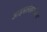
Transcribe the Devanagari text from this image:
आइसलंडमधील